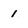
Character: 1